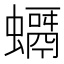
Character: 𧒘